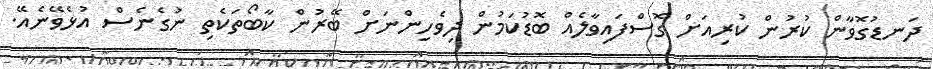
ދަނޑުގޮވާން ކުރުން ކުރިއަށް ގޮސްފައިވާލެއް ބޮޑުކަމުން ދިވެހިންނަށް ބޭރުން ކާބޯތަކެތި ނުގެނެސް އުޅެވޭނެއޭ.